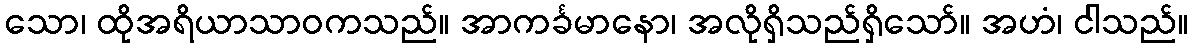
သော၊ ထိုအရိယာသာဝကသည်။ အာကင်္ခမာနော၊ အလိုရှိသည်ရှိသော်။ အဟံ၊ ငါသည်။